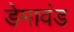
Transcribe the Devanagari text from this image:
डेमावंड